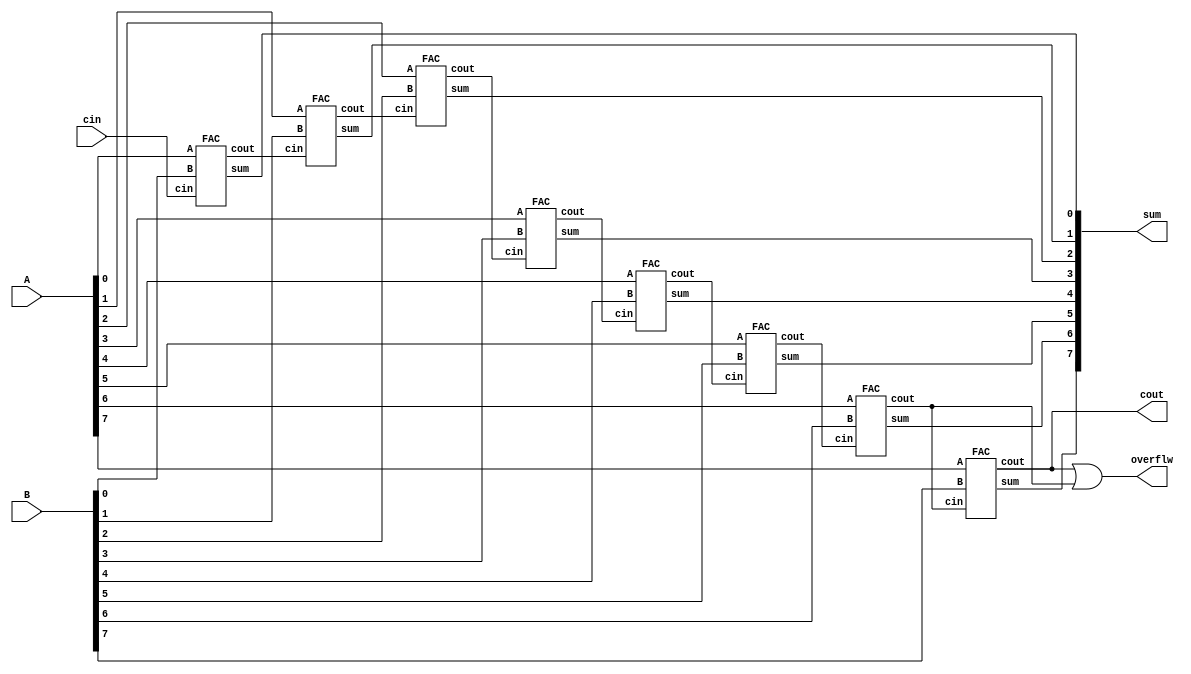
module RCA(
  input[7:0] A,
  input[7:0] B,
  input cin,
  output[7:0] sum,
  output cout,
  output overflw
);

wire [7:0] carry;

FAC FA0 (.A(A[0]), .B(B[0]), .cin(cin), .sum(sum[0]), .cout(carry[0]));
FAC FA1 (.A(A[1]), .B(B[1]), .cin(carry[0]), .sum(sum[1]), .cout(carry[1]));
FAC FA2 (.A(A[2]), .B(B[2]), .cin(carry[1]), .sum(sum[2]), .cout(carry[2]));
FAC FA3 (.A(A[3]), .B(B[3]), .cin(carry[2]), .sum(sum[3]), .cout(carry[3]));
FAC FA4 (.A(A[4]), .B(B[4]), .cin(carry[3]), .sum(sum[4]), .cout(carry[4]));
FAC FA5 (.A(A[5]), .B(B[5]), .cin(carry[4]), .sum(sum[5]), .cout(carry[5]));
FAC FA6 (.A(A[6]), .B(B[6]), .cin(carry[5]), .sum(sum[6]), .cout(carry[6]));
FAC FA7 (.A(A[7]), .B(B[7]), .cin(carry[6]), .sum(sum[7]), .cout(cout));
assign overflw=cout | carry[6];
endmodule

//==========================================================================

module FAC(
  input A,
  input B,
  input cin,
  output sum,
  output cout
);
assign sum = A ^ B ^ cin;
assign cout = (A & B) | (A & cin) | (B & cin);
endmodule

//==========================================================================

module RCA_Star(
  input[7:0] A,
  input[7:0] B,
  input cin,
  output[7:0] sum,
  output cout,
  output pi
);

wire[7:0] propagate;
wire[7:0] carry;

FAC_Star FAS0 (.A(A[0]), .B(B[0]), .cin(cin), .sum(sum[0]), .cout(carry[0]), .pi(propagate[0]));
FAC_Star FAS1 (.A(A[1]), .B(B[1]), .cin(carry[0]), .sum(sum[1]), .cout(carry[1]), .pi(propagate[1]));
FAC_Star FAS2 (.A(A[2]), .B(B[2]), .cin(carry[1]), .sum(sum[2]), .cout(carry[2]), .pi(propagate[2]));
FAC_Star FAS3 (.A(A[3]), .B(B[3]), .cin(carry[2]), .sum(sum[3]), .cout(carry[3]), .pi(propagate[3]));
FAC_Star FAS4 (.A(A[4]), .B(B[4]), .cin(carry[3]), .sum(sum[4]), .cout(carry[4]), .pi(propagate[4]));
FAC_Star FAS5 (.A(A[5]), .B(B[5]), .cin(carry[4]), .sum(sum[5]), .cout(carry[5]), .pi(propagate[5]));
FAC_Star FAS6 (.A(A[6]), .B(B[6]), .cin(carry[5]), .sum(sum[6]), .cout(carry[6]), .pi(propagate[6]));
FAC_Star FAS7 (.A(A[7]), .B(B[7]), .cin(carry[6]), .sum(sum[7]), .cout(cout), .pi(propagate[7]));

assign pi = propagate[0] & propagate[1] & propagate[2] & propagate[3] & propagate[4] & propagate[5] & propagate[6] & propagate[7];
endmodule

//==========================================================================

module FAC_Star(
  input A,
  input B,
  input cin,
  output sum,
  output cout,
  output pi
  );
  
  assign sum = A ^ B ^ cin;
  assign cout = (A & B) | (A & cin) | (B & cin);
  assign pi =A | B;
endmodule

//==========================================================================

module makeXor #(
    parameter WIDTH = 32 
)(
    input [WIDTH-1:0] a,
    input b,
    output [WIDTH-1:0] aXor
);

// Internal wire for the result of the XOR operation
wire [WIDTH-1:0] temp_aXor;
//assign aXor={WIDTH{1'd0}};

// Perform XOR operation between each bit of 'a' and 'b'
genvar i;
generate
    for (i = 0; i < WIDTH; i = i + 1) begin : XOR_loop
        assign temp_aXor[i] = a[i] ^ b;
    end
endgenerate

// Assign the result to the output
assign aXor = temp_aXor;
endmodule

//==========================================================================

module CSkA(
    //va trebui 1.x[32],y[32]-->sum[67](adunare)  2.x[33],y[33]-->sum[33](impartire)  3.x[34],y[34]-->sum[34](inmultire)
    input [31:0] 	X,
    input [31:0] 	Y,
    input [32:0] 	X2,
    input [32:0] 	Y2,
    input [33:0] 	X3,
    input [33:0] 	Y3, 
    input 	cin,
    output 	cout,
    output 	cout2,
    output 	cout3,
    output [66:0] sum,
    output [32:0] sum2,
  output [33:0] sum3,
  output suff
);
// Declaration of wires
wire [31:0] Y_xor_cin;
wire [32:0] Y2_xor_cin;
wire [33:0] Y3_xor_cin;
wire ovrflw;

makeXor #(.WIDTH(32)) xor1 (.a(Y), .b(cin), .aXor(Y_xor_cin));
makeXor #(.WIDTH(33)) xor2 (.a(Y2), .b(cin), .aXor(Y2_xor_cin));
makeXor #(.WIDTH(34)) xor3 (.a(Y3), .b(cin), .aXor(Y3_xor_cin));


//pt 32b
wire [2:0] carry;
wire Propagate1,Propagate2;

RCA RCA0(.A(X[7:0]), .B(Y_xor_cin[7:0]), .cin(cin), .sum(sum[7:0]), .cout(carry[0]), .overflw(overflw));
RCA_Star RCA1(.A(X[15:8]), .B(Y_xor_cin[15:8]), .cin(carry[0]), .sum(sum[15:8]), .cout(carry[1]), .pi(Propagate1));
RCA_Star RCA2(.A(X[23:16]), .B(Y_xor_cin[23:16]), .cin(carry[1]|(Propagate1&carry[0])), .sum(sum[23:16]), .cout(carry[2]), .pi(Propagate2));
RCA RCA3(.A(X[31:24]), .B(Y_xor_cin[31:24]), .cin(carry[2]|(Propagate2&carry[1])), .sum(sum[31:24]), .cout(cout), .overflw(overflw));

genvar i;
generate
    for (i = 32; i <67; i = i + 1) begin :loop
        assign sum[i]=sum[31];
    end
endgenerate



//pt 33b
wire [2:0] carry2;
wire Propagate21,Propagate22;
wire auxcout;

RCA RCA10(.A(X2[7:0]), .B(Y2_xor_cin[7:0]), .cin(cin), .sum(sum2[7:0]), .cout(carry2[0]), .overflw(overflw));
RCA_Star RCA11(.A(X2[15:8]), .B(Y2_xor_cin[15:8]), .cin(carry2[0]), .sum(sum2[15:8]), .cout(carry2[1]), .pi(Propagate21));
RCA_Star RCA12(.A(X2[23:16]), .B(Y2_xor_cin[23:16]), .cin(carry2[1]|(Propagate21 & carry2[0])), .sum(sum2[23:16]), .cout(carry2[2]), .pi(Propagate22));
RCA RCA13(.A(X2[31:24]), .B(Y2_xor_cin[31:24]), .cin(carry2[2]|(Propagate22 & carry2[1])), .sum(sum2[31:24]), .cout(auxcout), .overflw(overflw));
FAC FAC11(.A(X2[32]), .B(Y2_xor_cin[32]), .cin(auxcout), .sum(sum2[32]), .cout(cout2)); // Connect carry-out of RCA13 to cin of FAC11

//pt 34b
wire [2:0] carry3;
wire Propagate31,Propagate32;
wire auxcout1,auxcout2;

RCA RCA20(.A(X3[7:0]), .B(Y3_xor_cin[7:0]), .cin(cin), .sum(sum3[7:0]), .cout(carry3[0]), .overflw(overflw));
RCA_Star RCA21(.A(X3[15:8]), .B(Y3_xor_cin[15:8]), .cin(carry3[0]), .sum(sum3[15:8]), .cout(carry3[1]), .pi(Propagate31));
RCA_Star RCA22(.A(X3[23:16]), .B(Y3_xor_cin[23:16]), .cin(carry3[1]|(Propagate31 & carry3[0])), .sum(sum3[23:16]), .cout(carry3[2]), .pi(Propagate32));
RCA RCA23(.A(X3[31:24]), .B(Y3_xor_cin[31:24]), .cin(carry3[2]|(Propagate32 & carry3[1])), .sum(sum3[31:24]), .cout(auxcout1), .overflw(overflw));
FAC FAC21(.A(X3[32]), .B(Y3_xor_cin[32]), .cin(auxcout1), .sum(sum3[32]), .cout(auxcout2)); // Connect carry-out of RCA23 to cin of FAC21
FAC FAC22(.A(X3[33]), .B(Y3_xor_cin[33]), .cin(auxcout2), .sum(sum3[33]), .cout(cout3)); // Connect carry-out of FAC21 to cin of FAC2   

assign suff=1;
endmodule


















module controlUnit(
input clk,rst_b,
input START,
input [2:0] cnt,
input w,x,y,z,
output reg [7:0] cSig
);
localparam s0 = 1;
localparam s1 = 2;
localparam s2 = 4;
localparam s3 = 8;
localparam s4 = 16;
localparam s5 = 32;
localparam s6 = 64;
localparam s7 = 128;
localparam s8 = 256;
localparam s9 = 512;
localparam s10 = 1024;
localparam s11 = 2048;
localparam s12 = 4096;
localparam s13 = 8192;

reg [14:0] cst,nxst;

always @* begin
case(cst)
s0:begin
if(START==1'b1)
nxst=s1;
else
nxst=s0;
end

s1:begin
nxst=s2;
end

s2:begin
nxst=s3;
end

s3:begin
if( ((w)&(x)&(y)&(z)) | ((~w)&(~x)&(~y)&(~z)) )//0
nxst=s12;
else
if( ((~w)&(~x)&(~y)&(z)) | ((~w)&(~x)&(y)&(~z)) )//1
nxst=s4;
else
if( ((w)&(x)&(~y)&(z)) | ((w)&(x)&(y)&(~z)) )//-1
nxst=s5;
else
if( ((~w)&(~x)&(y)&(z)) | ((~w)&(x)&(~y)&(~z)) )//2
nxst=s6;
else
if( ((w)&(x)&(~y)&(~z)) | ((w)&(~x)&(y)&(z)) )//-2
nxst=s7;
else
if( ((~w)&(x)&(~y)&(z)) | ((~w)&(x)&(y)&(~z)) )//3
nxst=s8;
else
if( ((w)&(~x)&(~y)&(z)) | ((w)&(~x)&(y)&(~z)) )//-3
nxst=s9;
else
if((~w)&(x)&(y)&(z))//4
nxst=s10;
else
if((w)&(~x)&(~y)&(~z))//-4
nxst=s11;
end

s4:begin
nxst=s12;
end
s5:begin
nxst=s12;
end
s6:begin
nxst=s12;
end
s7:begin
nxst=s12;
end
s8:begin
nxst=s12;
end
s9:begin
nxst=s12;
end
s10:begin
nxst=s12;
end
s11:begin
nxst=s12;
end

s12:begin
if(cnt[0]&cnt[1]&cnt[2])
nxst=s13;
else
nxst=s3;
end

s13:begin
nxst=s0;
end
endcase
end

always @* begin
    case (cst)
        s1:cSig=8'd1;
        s2:cSig=8'd2;
        
        s3:begin
        if( ((w)&(x)&(y)&(z)) | ((~w)&(~x)&(~y)&(~z)) )
        cSig=8'd32;  
        end
        
        s4:cSig=8'd160;
        s5:cSig=8'd164;
        s6:cSig=8'd176;
        s7:cSig=8'd180;
        s8:cSig=8'd168;
        s9:cSig=8'd172;
        s10:cSig=8'd184;
        s11:cSig=8'd188;
        s13:cSig=8'd64;
        
        default: cSig=8'd0;
    endcase
end

always @(posedge clk,negedge rst_b) begin
//$display("q = %b", cst);
if(!rst_b)begin
cst<=s0;
end
else
cst<=nxst;       
end
endmodule

//===========================================================================================

module mux4to1(
    input [33:0] data_in0,
    input [33:0] data_in1,
    input [33:0] data_in2,
    input [33:0] data_in3,
    input [1:0] select,
    output reg [33:0] data_out
);
always @* begin
    case (select)
        2'b00: data_out = data_in0;
        2'b01: data_out = data_in1;
        2'b10: data_out = data_in2;
        2'b11: data_out = data_in3;
        default: data_out = 34'bx; // Handle invalid select values
    endcase
end
endmodule

module mux2to1A(
    input [33:0] data_in0,
    input [33:0] data_in1,
    input select,
    output reg [33:0] data_out
);
always @* begin
    case (select)
        1'b0: data_out = data_in0;
        1'b1: data_out = data_in1;
        default: data_out = 34'bX; 
    endcase
end
endmodule

module mux2to1B(
    input [32:0] data_in0,
    input [32:0] data_in1,
    input select,
    output reg [32:0] data_out
);
always @* begin
    case (select)
        1'b0: data_out = data_in0;
        1'b1: data_out = data_in1;
        default: data_out = 33'bX; 
    endcase
end
endmodule

//===========================================================================================

module operations(
    input c7,
    input clk,
    input [33:0] m,
    input [33:0] a,
    input [2:0] cSig,
    output reg [33:0] newa
);
    reg [33:0] twoM,fourM;
    wire [33:0] threeM,aux,aux2,sum3;
    wire cout, cout2, cout3;
    wire [66:0] sum;
    wire [32:0] sum2;wire suff;

always @* begin 
twoM=m<<1;
fourM=m<<2;
end
CSkA CSkA_inst2 (.suff(suff),
    .X(32'b0),          // Set X to zero, unused
    .Y(32'b0),          // Set Y to zero, unused
    .X2(33'b0),            // Connect X2
    .Y2(33'b0),            // Connect Y2
    .X3(twoM),         // Set X3 to zero, unused
    .Y3(m),         // Set Y3 to zero, unused
    .cin(1'b0),
    .cout(cout),
    .cout2(cout2),
    .cout3(cout3),
    .sum(sum),
    .sum2(sum2),
    .sum3(threeM)
);
mux4to1 inst1(.data_in0(m), .data_in1(twoM), .data_in2(threeM), .data_in3(fourM), .select({cSig[1],cSig[2]}), .data_out(aux));
         CSkA CSkA_inst1 (.suff(suff),
                    .X(32'b0),
                    .Y(32'b0),
                    .X2(33'b0),
                    .Y2(33'b0),
                    .X3(a),
                    .Y3(aux),
                    .cin(cSig[0]),
                    .cout(cout),
                    .cout2(cout2),
                    .cout3(cout3),
                    .sum(sum),
                    .sum2(sum2),
                    .sum3(aux2)
                );
mux2to1A selectFinal(.data_in0(a), .data_in1(aux2), .select(c7), .data_out(sum3));
always @* begin
//if(c7)begin
//$display("op=%b\nthreeM=%b",aux,threeM);end
    newa <= sum3;
end   
endmodule

//===========================================================================================

module lshift(
input c5,
input clk,
input [33:0] a,
input [32:0] q,
input qNeg,
output reg [33:0] aOUT,
output reg [32:0] qOUT,
output reg qNegOUT
);
wire [33:0] aOUTR;
wire [33:0] aux1;
wire [32:0] qOUTR;
wire [32:0] aux2;

assign aOUTR=a>>3;
assign qOUTR=q>>3;

mux2to1A inst1(.data_in0(a), .data_in1(aOUTR), .select(c5), .data_out(aux1));
mux2to1B inst2(.data_in0(q), .data_in1(qOUTR), .select(c5), .data_out(aux2));

always @* begin
aOUT=aux1;qOUT=aux2;qNegOUT=qNeg;
if(c5)begin
qNegOUT=q[2];
aOUT[33:31]={a[33], a[33], a[33]};
qOUT[32:30]={a[2], a[1], a[0]}; 
end
end
endmodule

//===========================================================================================

module counter (
    input clk,      // Clock input
    input c_up,     // Count up enable
    input rst,      // Reset input (active low)
    input clr,
    input[2:0] count_reg,
    output reg [2:0] count  // 8-bit counter output
);
// Define counter behavior
always @(posedge c_up,posedge clr,negedge rst)begin
    if (!rst) begin
        // Reset the counter to 0 when rst is asserted (active low)
        count <= 3'd0;
    end else if (clr) begin
        // Clear the counter to 0 when clr is asserted
        count <= 3'd0;
    end else if (c_up) begin
        // Increment the counter if count up is enabled
        count <= count_reg + 1;
    end
end
endmodule

//=================================================================================

module fshift(
input clk,
input active,
input [33:0] a,
input [32:0] q, 
output reg [33:0] newa,
output reg [32:0] newq
);
wire [33:0] aOUTR;
wire [33:0] aux1;
wire [32:0] qOUTR;
wire [32:0] aux2;

assign aOUTR=a>>12;
assign qOUTR=q>>12;

mux2to1A inst1(.data_in0(a), .data_in1(aOUTR), .select(active), .data_out(aux1));
mux2to1B inst2(.data_in0(q), .data_in1(qOUTR), .select(active), .data_out(aux2));

always @* begin
newa=aux1;newq=aux2;
if(active)begin
newa[33:22]={a[33], a[33], a[33],
    a[33], a[33], a[33],
    a[33], a[33], a[33],a[33],a[33],a[33]
};
newq[32:21]={a[11],a[10], a[9], a[8],
a[7], a[6], a[5],
    a[4], a[3], a[2], a[1],a[0]
}; 
end
end
endmodule

//==========================================================================

module multiplier(
input [31:0] X,Y,
input clk,
input active,//formula lui OP
output reg [66:0] product,
output reg suff
);
reg [33:0] a;
reg [32:0] q;reg qNegREG;
reg [33:0] m;
reg [2:0] counter;
reg activeREG;

wire [33:0] aAux,aAux2,aAux3;
wire [32:0] qAux,qAux2;wire qNeg;
wire [2:0] counterAux;
wire [7:0] cSig;

reg rst=0,sec=0;

always @(posedge clk) begin
    if(!rst) begin
    suff<=0;
    a <= 34'd0;
    counter <= 3'd0;
    q <= {X[31], X};qNegREG<=0;
    m <= {{2{Y[31]}}, Y};
     activeREG <= active; 
    end
end

controlUnit reff1(.clk(clk), .rst_b(rst), .START(activeREG), .cnt(counter), .w(q[2]), .x(q[1]), .y(q[0]), .z(qNegREG), .cSig(cSig));

operations op(.m(m), .clk(clk), .a(a), .cSig({cSig[4],cSig[3],cSig[2]}), .newa(aAux), .c7(cSig[7]));
lshift inst(.a(aAux), .clk(clk), .q(q), .qNeg(qNegREG), .aOUT(aAux2), .qOUT(qAux), .qNegOUT(qNeg), .c5(cSig[5]));
counter inst0(.clk(clk), .c_up(cSig[5]), .rst(rst), .clr(cSig[0]), .count_reg(counter), .count(counterAux));
fshift finale(.clk(clk),.active(cSig[6])
,.a(aAux2),.q(qAux),.newa(aAux3),.newq(qAux2)
);
always @(posedge clk) begin
  if(!activeREG)suff=1;
    a <= aAux3;
    q <= qAux2;qNegREG<=qNeg;
    counter <= counterAux;
    if(cSig[6])activeREG=0;
    product <= {a,q};
    rst=sec;
    sec=1;
    //$display("x=%b\ny=%b\n\nrst=%b\nactiveREG=%b\ncSig=%b\ncounterAux=%b\na=%b\nq=%b qNeg=%b\n\nsuff=%b\n",X,Y,rst,activeREG,cSig,counterAux,aAux2,qAux,qNeg,suff);
end
endmodule











/*
module multiplier_tb;
  
  reg [31:0] X,Y;
  reg clk,enable;
  wire [66:0] product;
  wire suff;
  
  multiplier multiplier_inst (.suff(suff),
   .X(X),.Y(Y),.clk(clk),.active(enable),.product(product)
  );

  // Stimulus
  initial begin
    // Initialize inputs
    //$monitor("product = %b\nsuff=%b\n\n", product,suff);
    //x 0 0 0 0100 1000
    //y 0 0 0 0101 1001
    X = 32'd172; // Example input value
    Y = 32'd172; // Example input value
    enable=1'b1;
    // Wait some time
    #1310;

    // End simulation
    $finish;
  end
  
localparam run_cycle=10,cycles=65;
initial begin
  clk=1'b0;
  repeat (cycles*2)
#run_cycle clk=~clk;
end
  
endmodule*/